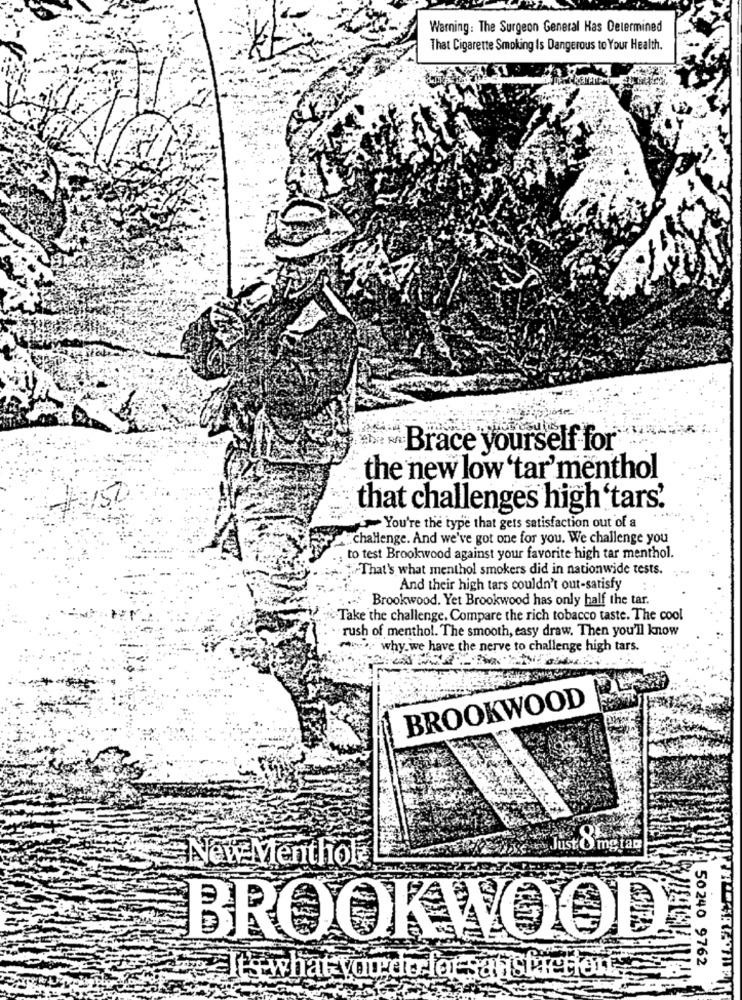
Warning: The Surgeon General Has Determined
That Cigarette Smoking Is Dangerous to Your Health.
Brace yourself for
the new low tar'menthol
that challenges high 'tars.
You're the type that gets satisfaction out of a
challenge. And we've got one for you. We challenge you
to test Brookwood against your favorite high tar menthol.
-That's what menthol smokers did in nationwide tests.
And their high tars couldn't out-satisfy
.- Brookwood. Yet Brookwood has only half the tar.
-Take the challenge. Compare the rich tobacco taste. The cool
rush of menthol. The smooth, easy draw. Then you'll know
why we have the nerve to challenge high tars.
BROOKWOOD
Just Omg tag
A
en
BROOKWOOD
50240 9762
hat youdt lot :al Station .: